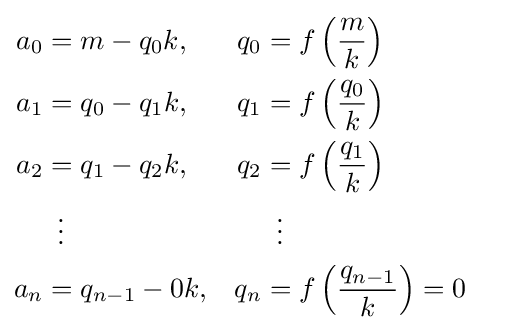
{\begin{aligned}a_{0}&=m-q_{0}k,&q_{0}&=f\left({\frac {m}{k}}\right)&\\a_{1}&=q_{0}-q_{1}k,&q_{1}&=f\left({\frac {q_{0}}{k}}\right)&\\a_{2}&=q_{1}-q_{2}k,&q_{2}&=f\left({\frac {q_{1}}{k}}\right)&\\&\,\,\,\vdots &&\,\,\,\vdots \\a_{n}&=q_{n-1}-0k,&q_{n}&=f\left({\frac {q_{n-1}}{k}}\right)=0\end{aligned}}